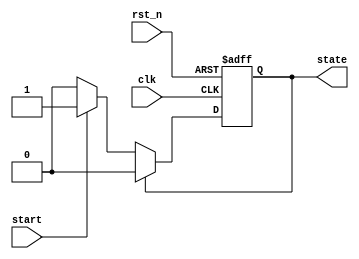
module simple_fsm (
    input wire clk,        // Clock input
    input wire rst_n,     // Active low reset
    input wire start,     // Input signal to start the state transition
    output reg state      // Current state output
);

    // State encoding
    localparam STATE_IDLE = 1'b0;
    localparam STATE_ACTIVE = 1'b1;

    // Sequential logic using non-blocking assignments
    always @(posedge clk or negedge rst_n) begin
        if (!rst_n) begin
            state <= STATE_IDLE; // Reset state to IDLE
        end else begin
            case (state)
                STATE_IDLE: begin
                    if (start) begin
                        state <= STATE_ACTIVE; // Transition to ACTIVE state
                    end
                end
                STATE_ACTIVE: begin
                    // Example: Transition back to IDLE after some condition
                    // Here we just transition back for demonstration purposes
                    state <= STATE_IDLE; // Transition back to IDLE state
                end
                default: begin
                    state <= STATE_IDLE; // Default to IDLE state
                end
            endcase
        end
    end

endmodule